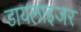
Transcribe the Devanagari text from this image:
डायलाइजर